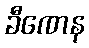
ခီဏေန